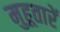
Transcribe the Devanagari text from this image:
मुहूतारें